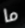
ما